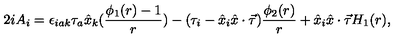
2 i A _ { i } = \epsilon _ { i a k } \tau _ { a } \hat { x } _ { k } ( \frac { \phi _ { 1 } ( r ) - 1 } { r } ) - ( \tau _ { i } - \hat { x } _ { i } \hat { x } \cdot \vec { \tau } ) \frac { \phi _ { 2 } ( r ) } { r } + \hat { x } _ { i } \hat { x } \cdot \vec { \tau } H _ { 1 } ( r ) ,